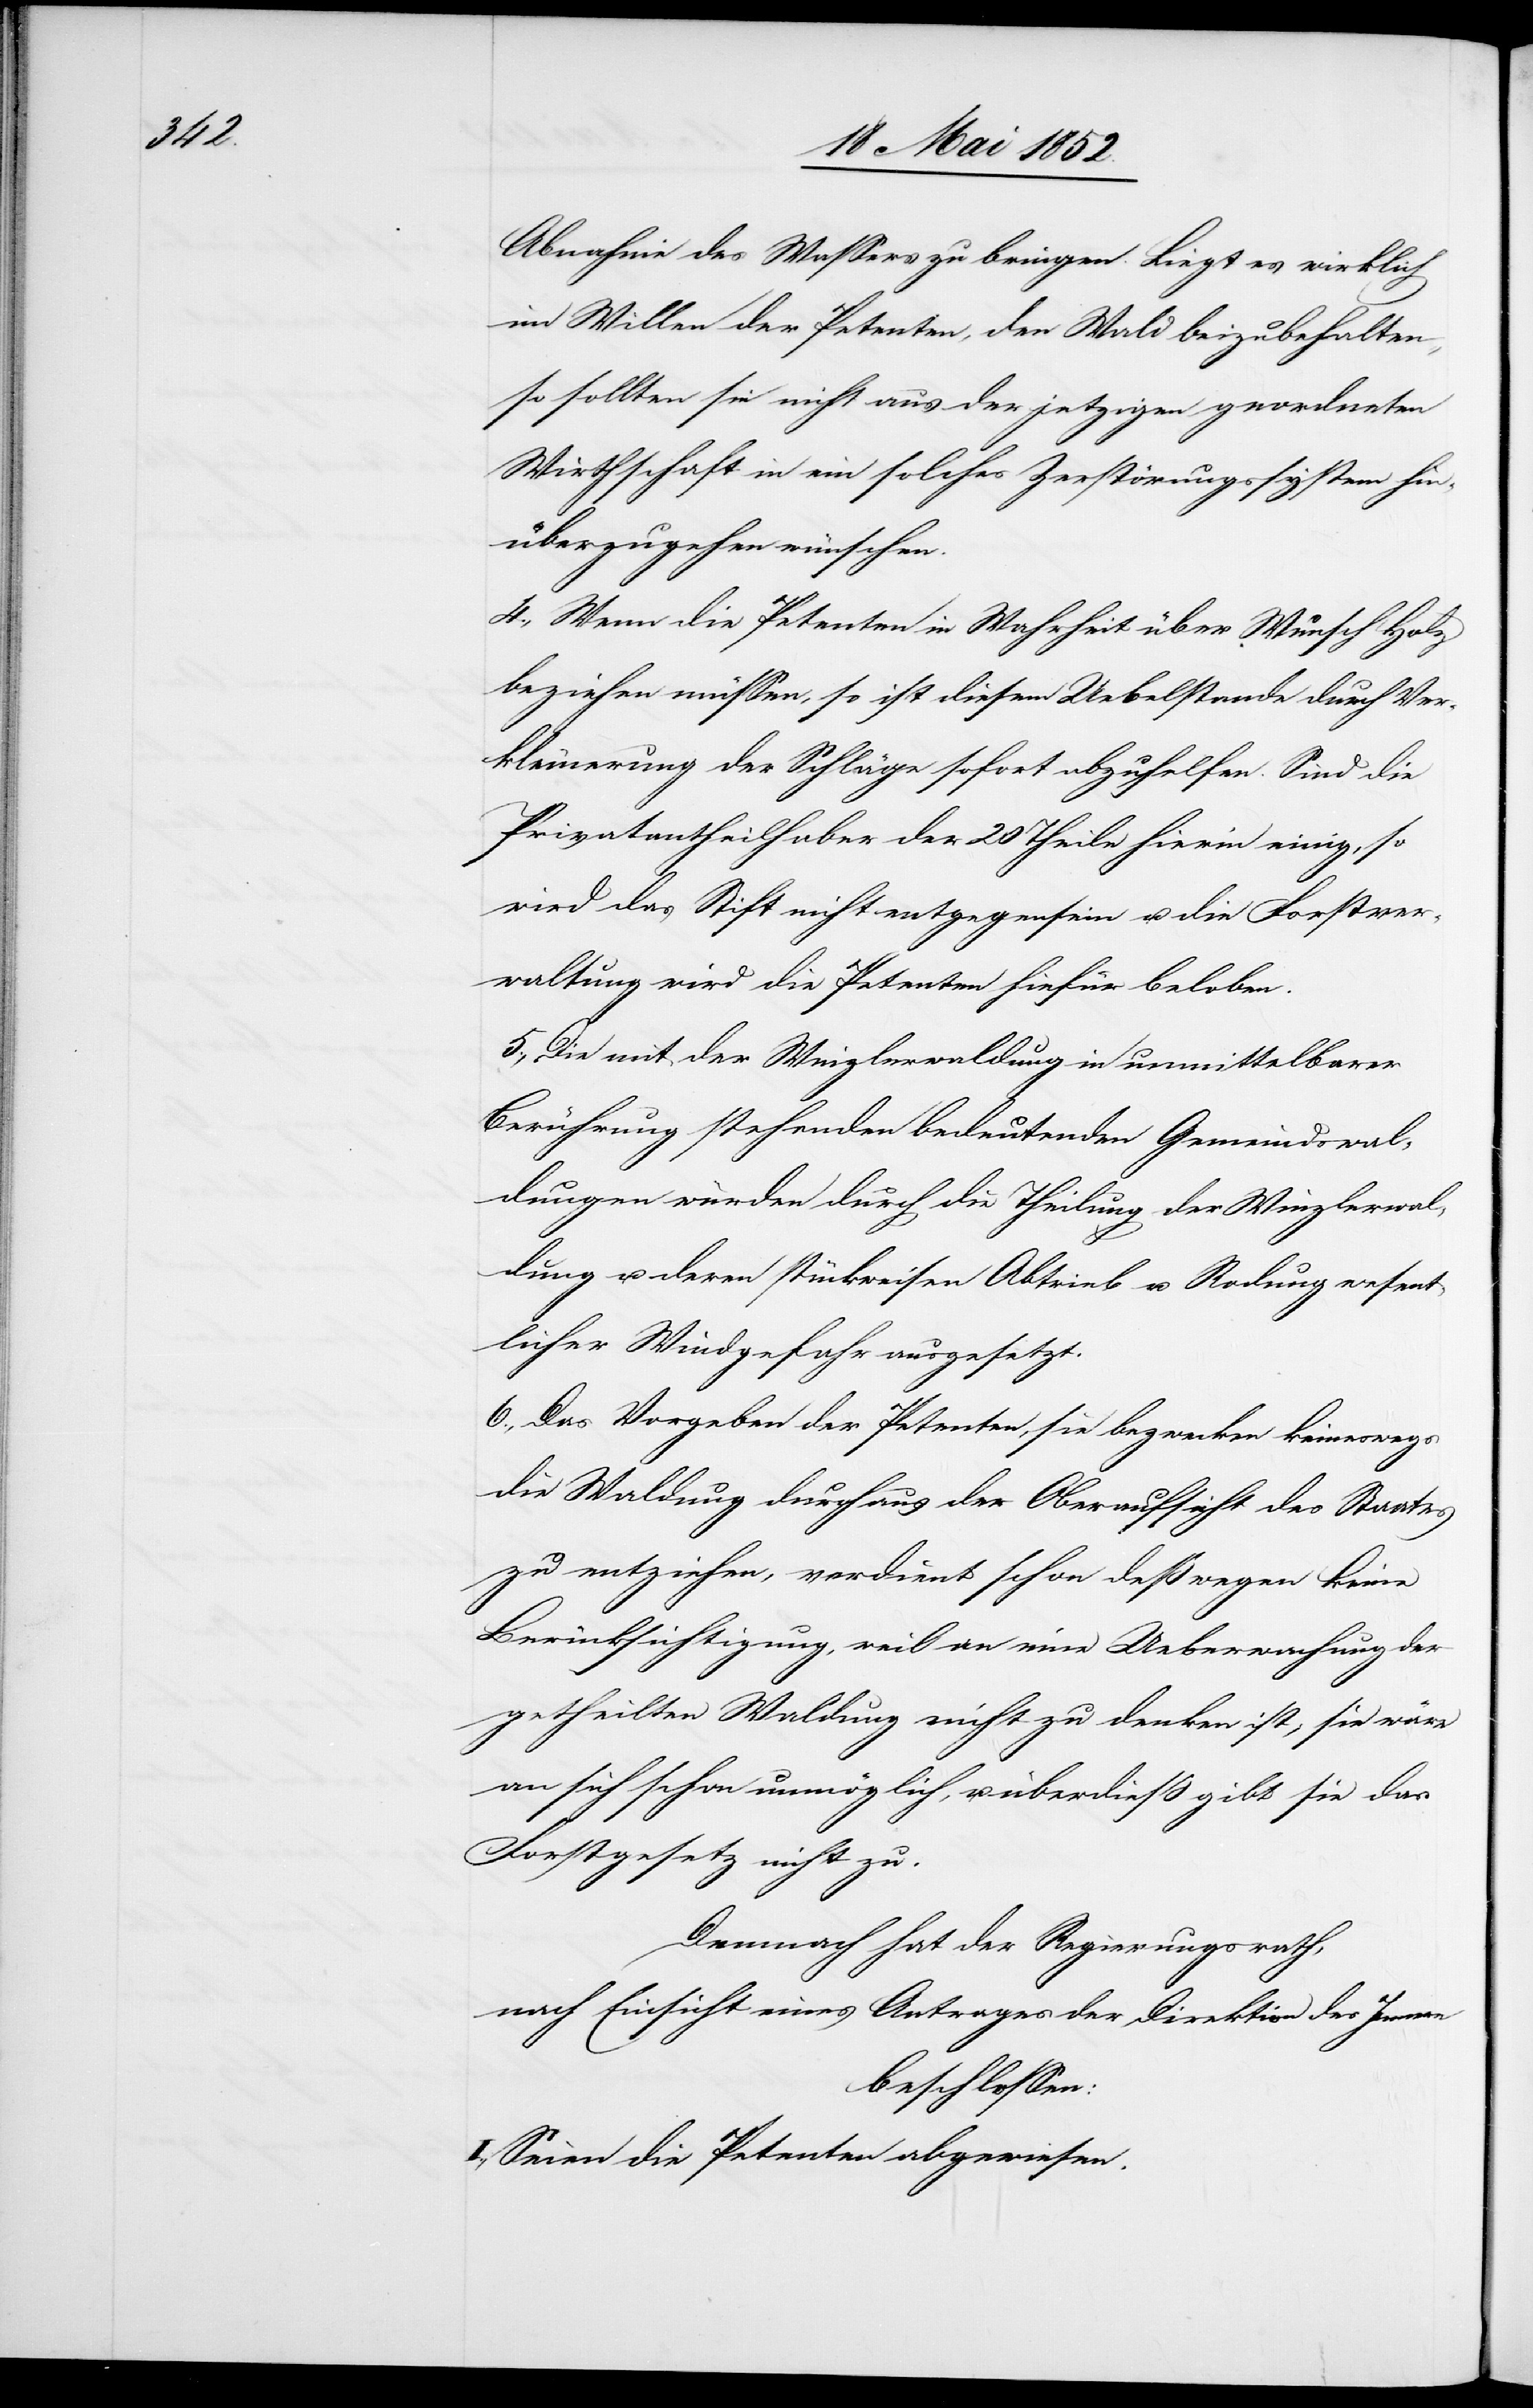
Abnahme des Wassers zu bringen. Liegt es wirklich
im Willen der Petenten, den Wald beizubehalten,
so sollten sie nicht aus der jetzigen geordneten
Wirthschaft in ein solches Zerstörungssystem hin¬
überzugehen wünschen.
4., Wenn die Petenten in Wahrheit über Wunsch Holz
beziehen müssen, so ist diesem Uebelstande durch Ver¬
kleinerung der Schläge sofort abzuhelfen. Sind die
Privatantheilhaber der 20 Theile hierin einig, so
wird das Stift nicht entgegensein u. die Forstver¬
waltung wird die Petenten hiefür beloben.
5., Die mit der Winzlerwaldung in unmittelbarer
Berührung stehenden bedeutenden Gemeindswal¬
dungen würden durch die Theilung der Winzlerwal¬
dung u. deren stückweisen Abtrieb u. Rodung wesent¬
licher Windgefahr ausgesetzt.
6., Das Vorgeben der Petenten, sie bezwecken keineswegs
die Waldung durchaus der Oberaufsicht des Staates
zu entziehen, verdient schon deßwegen keine
Berücksichtigung, weil an eine Ueberwachung der
getheilten Waldung nicht zu denken ist, sie wäre
an sich schon unmöglich, u. überdieß gibt sie das
Forstgesetz nicht zu.
Demnach hat der Regierungsrath,
nach Einsicht eines Antrages der Direktion des Innern
beschlossen:
I., Seien die Petenten abgewiesen.